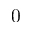
0